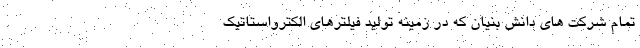
تمام شرکت های دانش بنیان که در زمینه تولید فیلترهای الکترواستاتیک